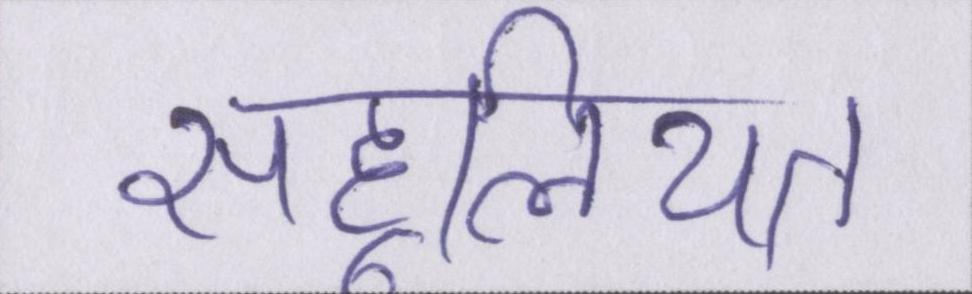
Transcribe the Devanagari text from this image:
सहूलियत